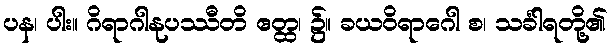
ပန၊ ပါး။ ဂိရာဂါနုပဿီတိ ဧတ္ထ၊ ၌။ ခယဝိရာဂေါ စ၊ သင်္ခါရတို့၏